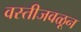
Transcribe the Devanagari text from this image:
वस्तीजवळून